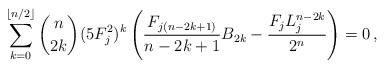
\begin{align*}\sum_{k=0}^{\lfloor{n}/{2}\rfloor}\binom{n}{2k} (5F_j^2)^k\left(\frac{F_{j(n-2k+1)}}{n-2k+1}{B_{2k}}-\frac{F_jL_j^{n-2k}}{2^n}\right) = 0\,,\end{align*}